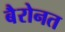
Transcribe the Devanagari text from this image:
बैरोनत